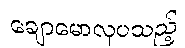
ချောမောလှပသည့်